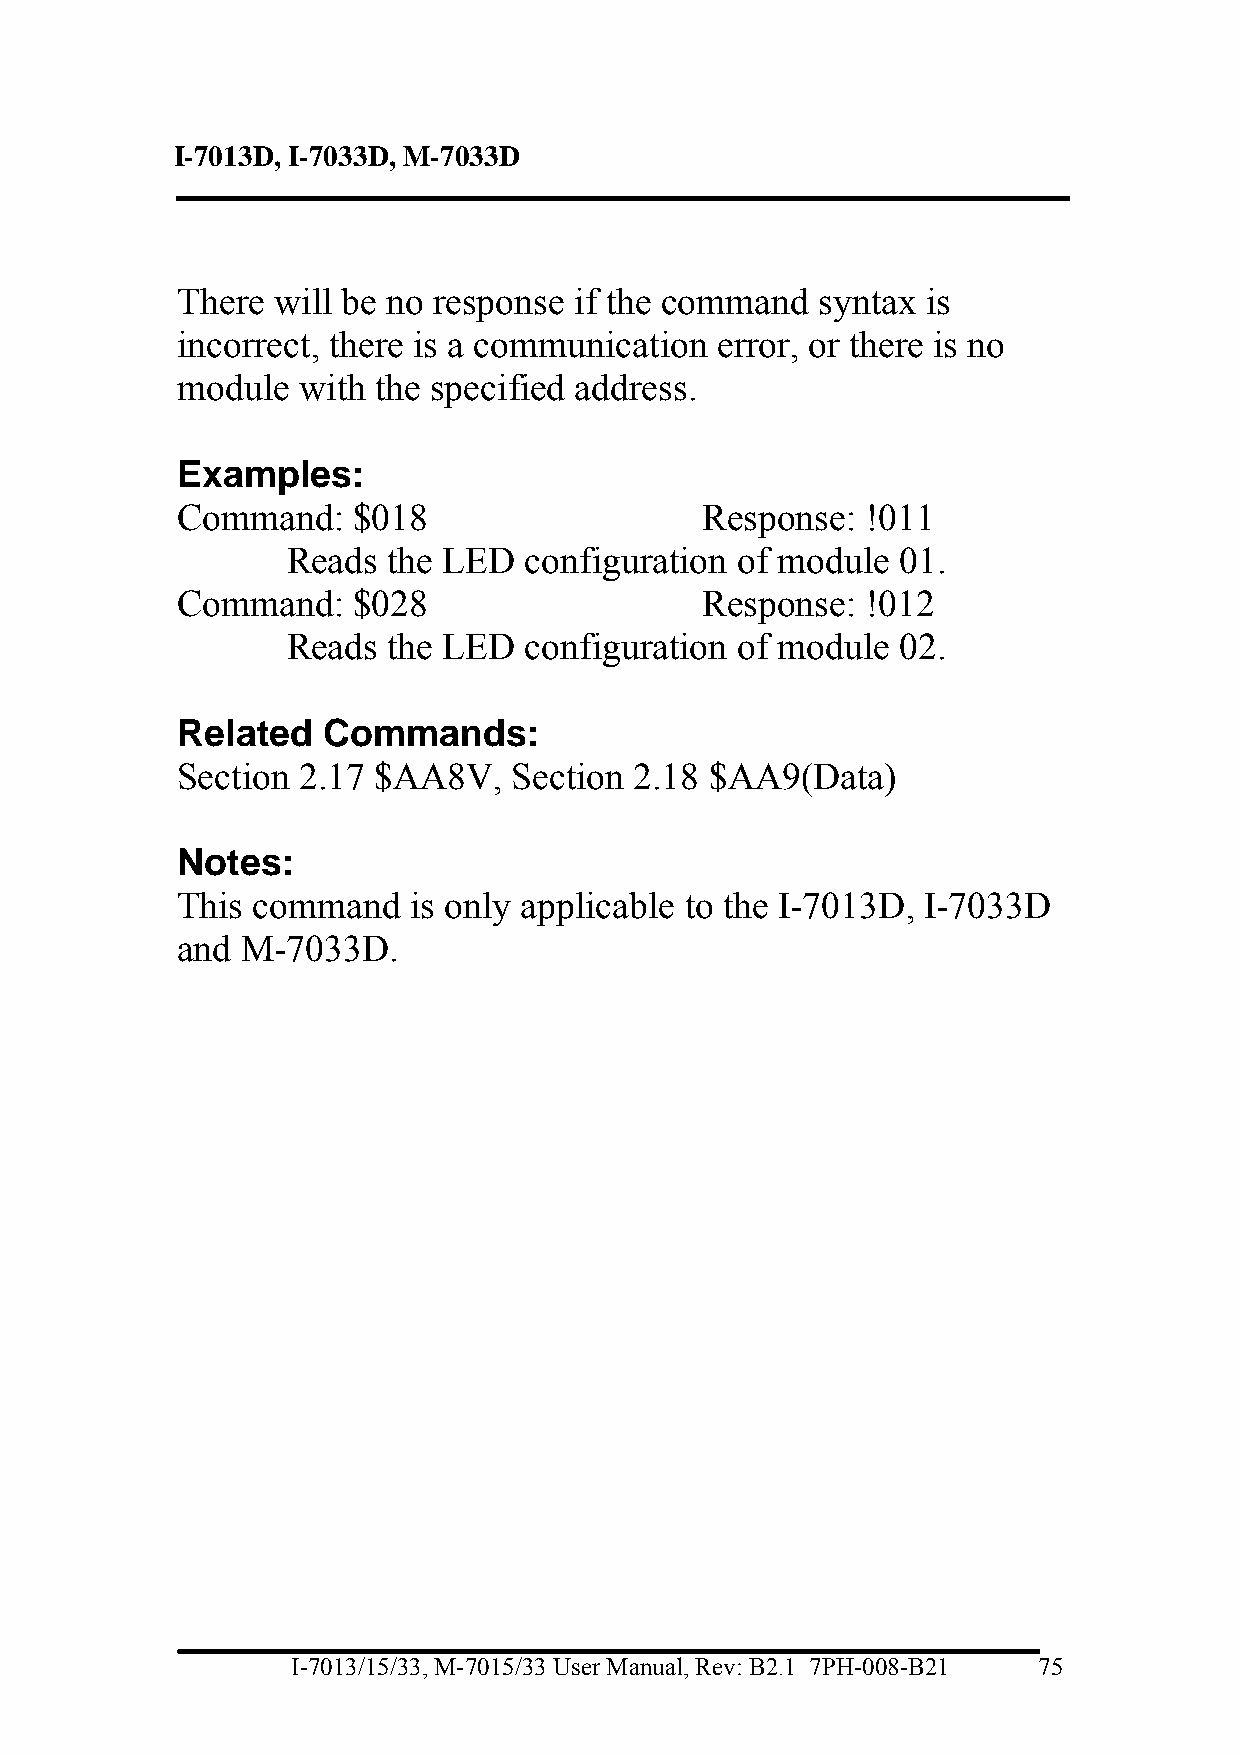
I-7013D, I-7033D, M-7033D
 There will be no response if the command  syntax is
 incorrect, there is a communication error, or there is no
 module  with the specified address.
 Examples:
 Command:   $018                   Response:  !011
 Reads  the LED  configuration of module  01.
 Command:   $028                   Response:  !012
 Reads  the LED  configuration of module  02.
 Related  Commands:
 Section 2.17 $AA8V,   Section 2.18 $AA9(Data)
 Notes:
 This command   is only applicable to the I-7013D, I-7033D
 and M-7033D.
 I-7013/15/33, M-7015/33 User Manual, Rev: B2.1 7PH-008-B21 75